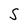
Character: S